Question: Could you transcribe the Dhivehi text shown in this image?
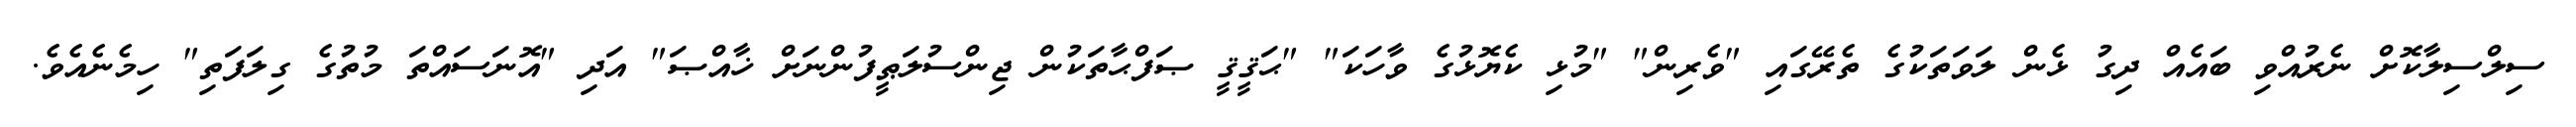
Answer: ސިލްސިލާކޮށް ނެރުއްވި ބައެއް ދިގު ޅެން ލަވަތަކުގެ ތެރޭގައި "ވެރިން" "މުޅި ކެޔޮޅުގެ ވާހަކަ" "ޙަޤީޤީ ޞަފްޙާތަކުން ޖިންސުލަޠީފުންނަށް ޚާއްޞަ" އަދި "އޮނަސައްތަ މުތުގެ ގިލަފަތި" ހިމެނެއެވެ.